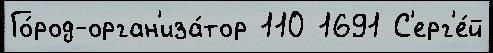
Го́род-орган'иза́тор 110 1691 С'ерг'е́й